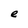
Character: e